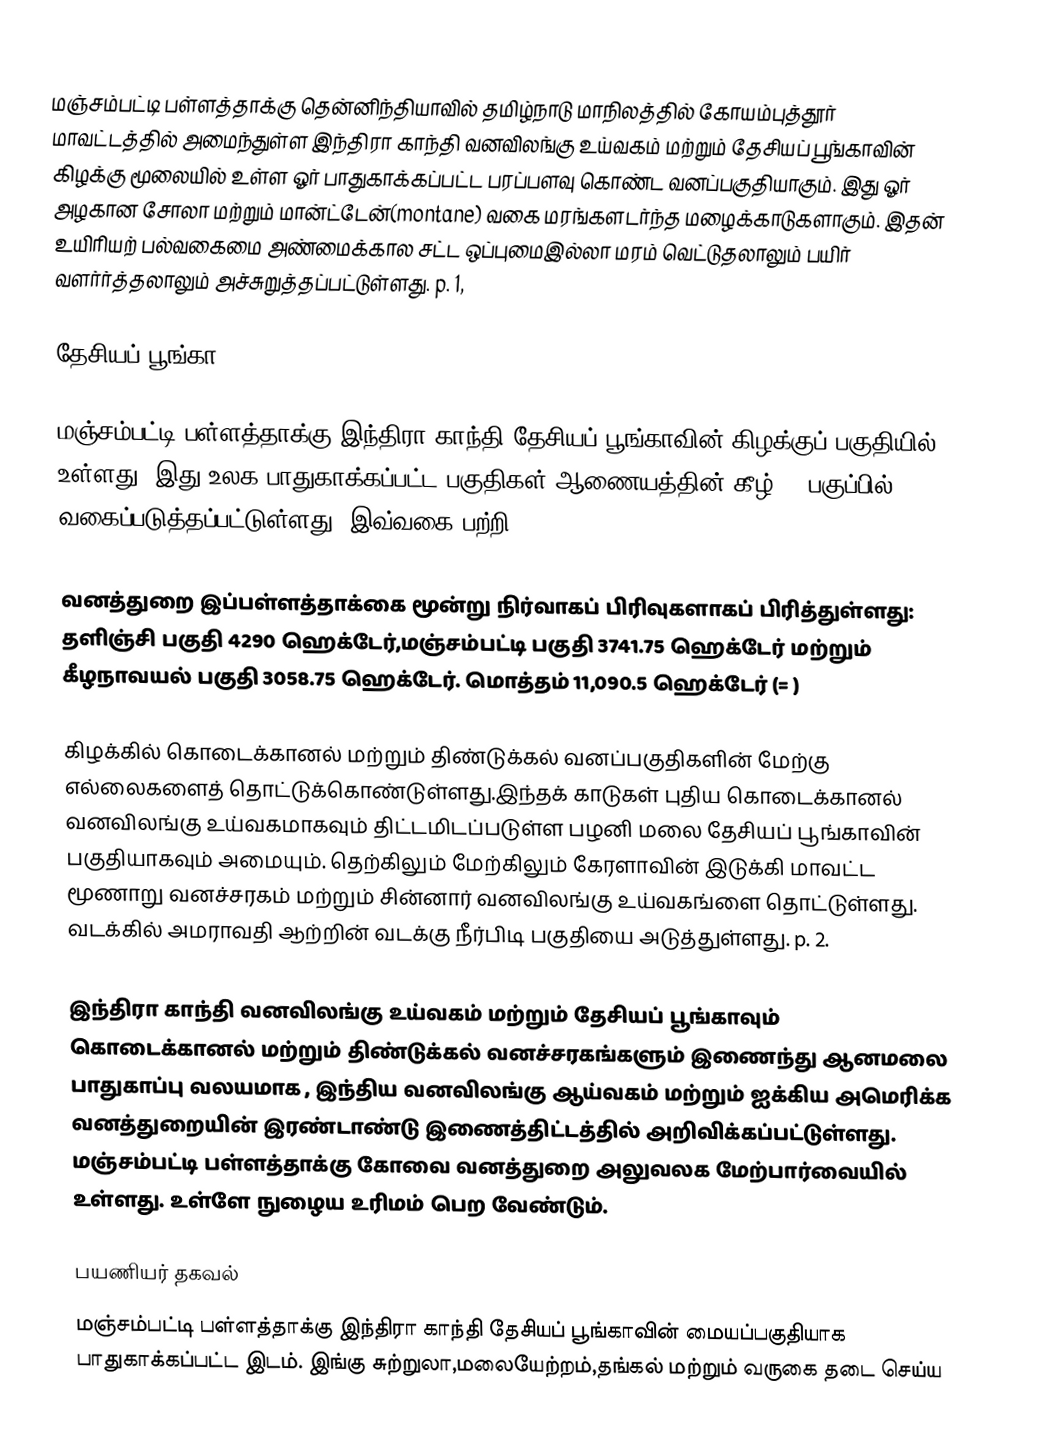
மஞ்சம்பட்டி பள்ளத்தாக்கு தென்னிந்தியாவில் தமிழ்நாடு மாநிலத்தில் கோயம்புத்தூர் மாவட்டத்தில் அமைந்துள்ள இந்திரா காந்தி வனவிலங்கு உய்வகம் மற்றும் தேசியப் பூங்காவின் கிழக்கு மூலையில் உள்ள ஓர் பாதுகாக்கப்பட்ட   பரப்பளவு கொண்ட வனப்பகுதியாகும். இது ஓர் அழகான சோலா மற்றும் மான்ட்டேன்(montane) வகை மரங்களடர்ந்த மழைக்காடுகளாகும். இதன் உயிரியற் பல்வகைமை அண்மைக்கால சட்ட ஒப்புமைஇல்லா மரம் வெட்டுதலாலும் பயிர் வளர்ர்த்தலாலும் அச்சுறுத்தப்பட்டுள்ளது. p. 1,

தேசியப் பூங்கா

மஞ்சம்பட்டி பள்ளத்தாக்கு இந்திரா காந்தி தேசியப் பூங்காவின் கிழக்குப் பகுதியில் உள்ளது. இது உலக பாதுகாக்கப்பட்ட பகுதிகள் ஆணையத்தின் கீழ் Ib பகுப்பில் வகைப்படுத்தப்பட்டுள்ளது. இவ்வகை பற்றி: a large area of unmodified or slightly modified land, retaining its natural character and influence, without permanent or significant habitation, which is protected and managed so as to preserve its natural condition.
வனத்துறை இப்பள்ளத்தாக்கை மூன்று நிர்வாகப் பிரிவுகளாகப் பிரித்துள்ளது: தளிஞ்சி பகுதி 4290 ஹெக்டேர்,மஞ்சம்பட்டி பகுதி 3741.75 ஹெக்டேர் மற்றும் கீழநாவயல் பகுதி 3058.75 ஹெக்டேர். மொத்தம் 11,090.5 ஹெக்டேர் (= )

கிழக்கில் கொடைக்கானல் மற்றும் திண்டுக்கல் வனப்பகுதிகளின் மேற்கு எல்லைகளைத் தொட்டுக்கொண்டுள்ளது.இந்தக் காடுகள் புதிய கொடைக்கானல் வனவிலங்கு உய்வகமாகவும் திட்டமிடப்படுள்ள பழனி மலை தேசியப் பூங்காவின் பகுதியாகவும் அமையும். தெற்கிலும் மேற்கிலும் கேரளாவின் இடுக்கி மாவட்ட மூணாறு வனச்சரகம் மற்றும் சின்னார் வனவிலங்கு உய்வகங்ளை தொட்டுள்ளது. வடக்கில் அமராவதி ஆற்றின் வடக்கு நீர்பிடி பகுதியை அடுத்துள்ளது. p. 2.

இந்திரா காந்தி வனவிலங்கு உய்வகம் மற்றும் தேசியப் பூங்காவும் கொடைக்கானல் மற்றும் திண்டுக்கல் வனச்சரகங்களும் இணைந்து ஆனமலை பாதுகாப்பு வலயமாக , இந்திய வனவிலங்கு ஆய்வகம் மற்றும் ஐக்கிய அமெரிக்க வனத்துறையின் இரண்டாண்டு இணைத்திட்டத்தில்  அறிவிக்கப்பட்டுள்ளது. மஞ்சம்பட்டி பள்ளத்தாக்கு கோவை வனத்துறை அலுவலக மேற்பார்வையில் உள்ளது. உள்ளே நுழைய உரிமம் பெற வேண்டும்.

பயணியர் தகவல்
மஞ்சம்பட்டி பள்ளத்தாக்கு இந்திரா காந்தி தேசியப் பூங்காவின் மையப்பகுதியாக பாதுகாக்கப்பட்ட இடம். இங்கு சுற்றுலா,மலையேற்றம்,தங்கல் மற்றும் வருகை தடை செய்ய